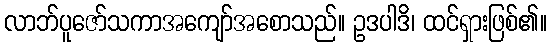
လာဘ်ပူဇော်သကာအကျော်အစောသည်။ ဥဒပါဒိ၊ ထင်ရှားဖြစ်၏။